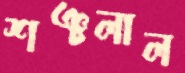
শঞ্চলাল